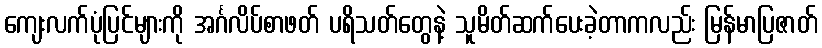
ကျေးလက်ပုံပြင်များကို အင်္ဂလိပ်စာဖတ် ပရိသတ်တွေနဲ့ သူမိတ်ဆက်ပေးခဲ့တာကလည်း မြန်မာပြဇာတ်